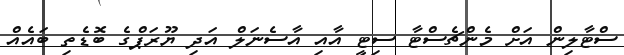
ސްޓާލިން އަށް މެންޗެސްޓާ ސިޓީ އާއި އާސެނަލް އަދި ޔޫރަޕްގެ ބޮޑެތި ބައެއް